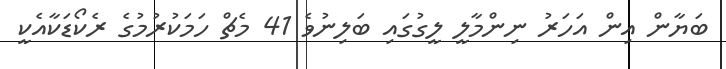
ބަޔާން އިން އަހަރު ނިންމާލީ ލީގުގައި ބަލިނުވެ 41 މެޗް ހަމަކުރުމުގެ ރެކޯޑަކާއެކީ